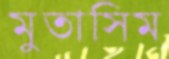
মুতাসিম